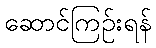
ဆောင်ကြဉ်းရန်